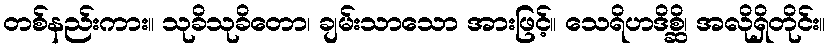
တစ်နည်းကား။ သုခိသုခိတော၊ ချမ်းသာသော အားဖြင့်။ သေရိဟဒိစ္ဆိ၊ အလိုရှိတိုင်း။